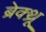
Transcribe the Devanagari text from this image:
ब्रेक्थ्रू